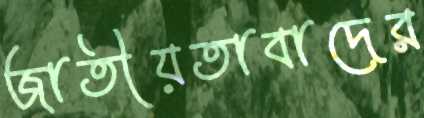
জাতীয়তাবাদের